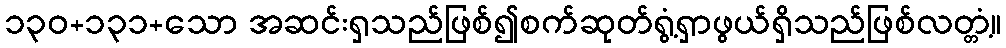
၁၃၀+၁၃၁+သော အဆင်းရှသည်ဖြစ်၍စက်ဆုတ်ရွံ့ရှာဖွယ်ရှိသည်ဖြစ်လတ္တံ့။